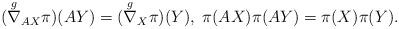
LaTeX: \begin{align*}(\overset{g}{\nabla}_{AX} \pi)(AY) = (\overset{g}{\nabla}_{X} \pi)(Y), \; \pi(AX)\pi(AY) = \pi(X)\pi(Y). \end{align*}